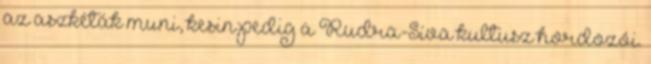
az aszkéták muni, kesin pedig a Rudra-Síva kultusz hordozói.